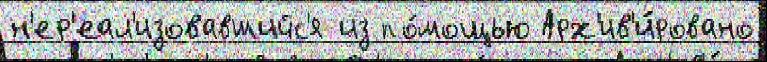
н'ер'еал'изовавшийс'я из по́мощью Арх'ив'и́ровано